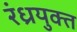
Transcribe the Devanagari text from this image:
रंध्रयुक्त